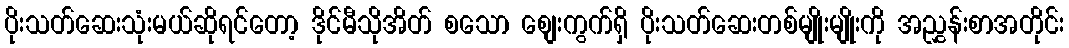
ပိုးသတ်ဆေးသုံးမယ်ဆိုရင်တော့ ဒိုင်မီသိုအိတ် စသော စျေးကွက်ရှိ ပိုးသတ်ဆေးတစ်မျိုးမျိုးကို အညွှန်းစာအတိုင်း